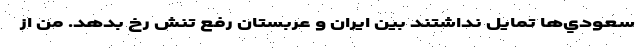
سعودي‌ها تمايل نداشتند بين ايران و عربستان رفع تنش رخ بدهد. من از